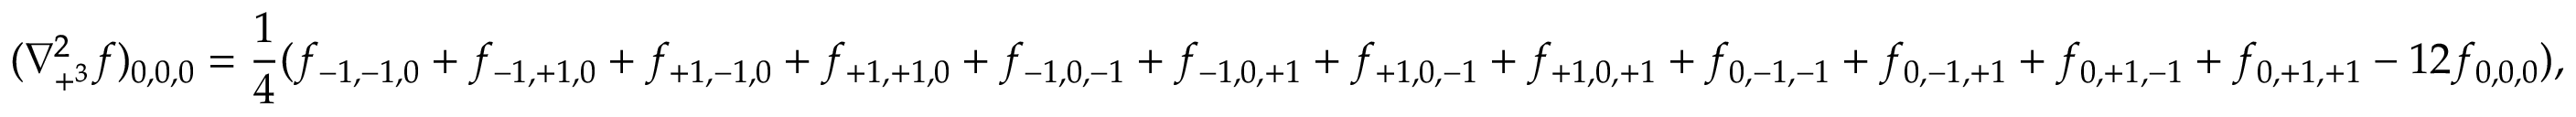
( \nabla _ { + ^ { 3 } } ^ { 2 } f ) _ { 0 , 0 , 0 } = { \frac { 1 } { 4 } } ( f _ { - 1 , - 1 , 0 } + f _ { - 1 , + 1 , 0 } + f _ { + 1 , - 1 , 0 } + f _ { + 1 , + 1 , 0 } + f _ { - 1 , 0 , - 1 } + f _ { - 1 , 0 , + 1 } + f _ { + 1 , 0 , - 1 } + f _ { + 1 , 0 , + 1 } + f _ { 0 , - 1 , - 1 } + f _ { 0 , - 1 , + 1 } + f _ { 0 , + 1 , - 1 } + f _ { 0 , + 1 , + 1 } - 1 2 f _ { 0 , 0 , 0 } ) ,